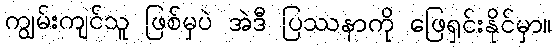
ကျွမ်းကျင်သူ ဖြစ်မှပဲ အဲဒီ ပြဿနာကို ဖြေရှင်းနိုင်မှာ။